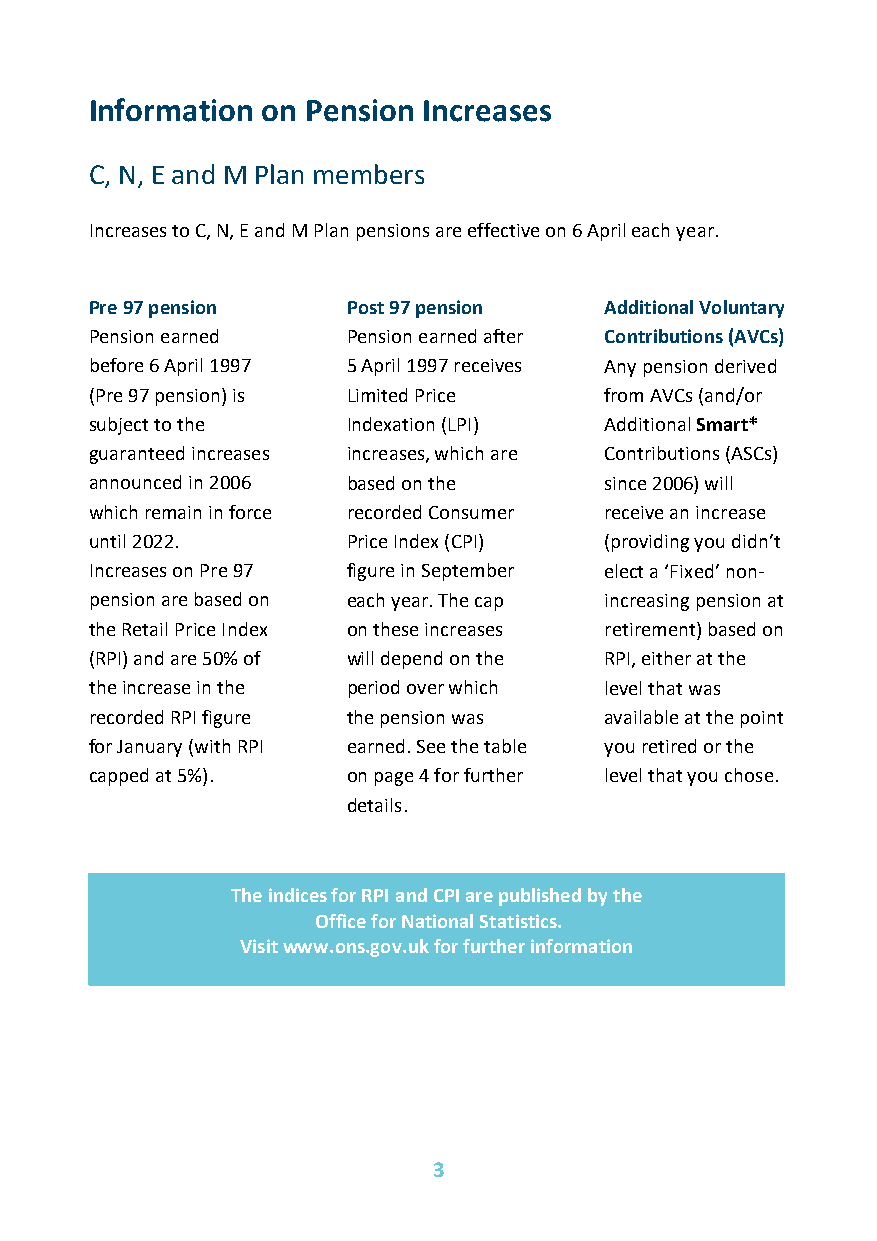
Information on Pension Increases
 C, N, E and M Plan members
 Increases to C, N, E and M Plan pensions are effective on 6 April each year.
 Pre 97 pension   Post 97 pension  Additional Voluntary
 Pension earned   Pension earned after Contributions (AVCs)
 before 6 April 1997 5 April 1997 receives Any pension derived
 (Pre 97 pension) is Limited Price from AVCs (and/or
 subject to the   Indexation (LPI) Additional Smart*
 guaranteed increases increases, which are Contributions (ASCs)
 announced in 2006 based on the    since 2006) will
 which remain in force recorded Consumer receive an increase
 until 2022.      Price Index (CPI) (providing you didn’t
 Increases on Pre 97 figure in September elect a ‘Fixed’ non-
 pension are based on each year. The cap increasing pension at
 the Retail Price Index on these increases retirement) based on
 (RPI) and are 50% of will depend on the RPI, either at the
 the increase in the period over which level that was
 recorded RPI figure the pension was available at the point
 for January (with RPI earned. See the table you retired or the
 capped at 5%).   on page 4 for further level that you chose.
 details.
 The indices for RPI and CPI are published by the
 Office for National Statistics.
 Visit www.ons.gov.uk for further information
 3